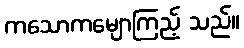
ကသောကမျောကြည့် သည်။